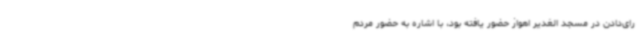
رای‌دادن در مسجد الغدیر اهواز حضور یافته بود، با اشاره به حضور مردم